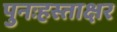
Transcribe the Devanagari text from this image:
पुनःहस्ताक्षर